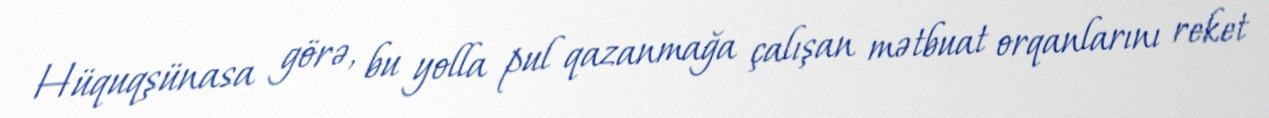
Hüquqşünasa görə, bu yolla pul qazanmağa çalışan mətbuat orqanlarını reket